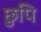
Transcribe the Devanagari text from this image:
छुपि